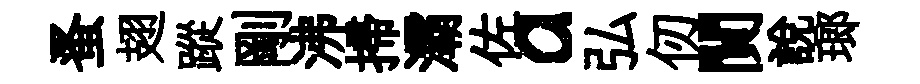
蚤翅蹤剛沸掃灞佐a弘仞閴說瑯